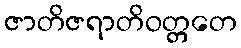
ဇာတိဇရာတိဝတ္တတေ